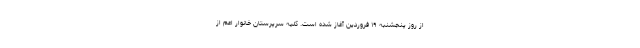
از روز پنجشنبه ۱۹ فروردین آغاز شده است. کلیه سرپرستان خانوار اعم از